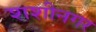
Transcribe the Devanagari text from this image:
शशीनगर